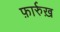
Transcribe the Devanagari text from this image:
फ़ार्रुख़